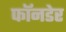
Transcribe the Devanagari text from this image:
फॉनडेर